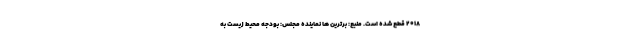
۲۰۱۸ قطع شده است. منبع: برترین ها نماینده مجلس: بودجه محیط زیست به